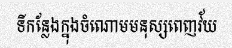
ទីកន្លែងក្នុងចំណោមមនុស្សពេញវ័យ